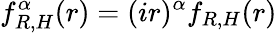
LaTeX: f_{R,H}^{\alpha}(r)=(ir)^{\alpha}f_{R,H}(r)